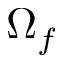
\Omega _ { f }